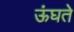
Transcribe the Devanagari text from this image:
ऊंघते